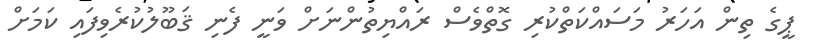
ޕީގެ ތިން އަހަރު މަސައްކަތްކުރި ގޮތްވެސް ރައްޔިތުންނަށް ވަނީ ފެނި ޤަބޫލުކުރެވިފައި ކަމަށް